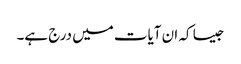
جیسا کہ ان آیات میں درج ہے۔